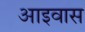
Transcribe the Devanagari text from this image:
आइवास